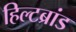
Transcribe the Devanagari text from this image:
हिल्टब्रांड